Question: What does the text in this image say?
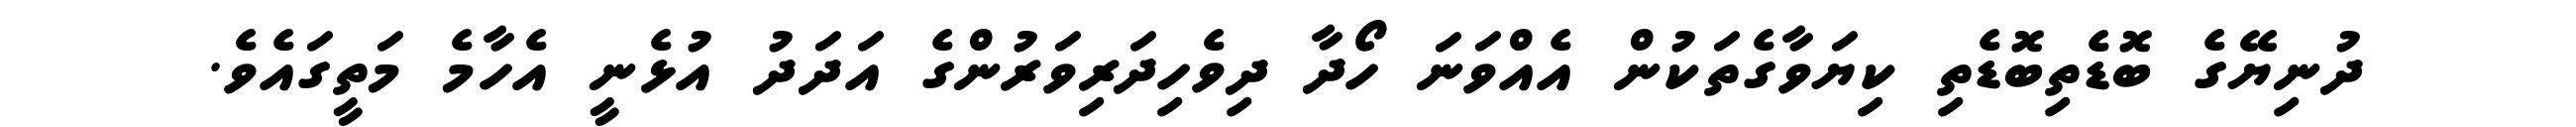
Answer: ދުނިޔޭގެ ބޮޑެތިބޮޑެތި ކިޔަވާގެތަކުން އެއްވަނަ ހޯދާ ދިވެހިދަރިވަރުންގެ އަދަދު އުޅެނީ އެހާމެ މަތީގައެވެ.